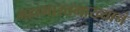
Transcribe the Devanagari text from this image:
महाभारतमाख्यानं